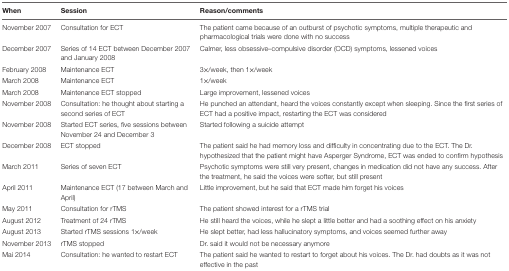
<table><thead><tr><td><b>When</b></td><td><b>Session</b></td><td><b>Reason/comments</b></td></tr></thead><tbody><tr><td>November 2007</td><td>Consultation for ECT</td><td>The patient came because of an outburst of psychotic symptoms, multiple therapeutic and pharmacological trials were done with no success</td></tr><tr><td>December 2007</td><td>Series of 14 ECT between December 2007 and January 2008</td><td>Calmer, less obsessive–compulsive disorder (OCD) symptoms, lessened voices</td></tr><tr><td>February 2008</td><td>Maintenance ECT</td><td>3×/week, then 1×/week</td></tr><tr><td>March 2008</td><td>Maintenance ECT</td><td>1×/week</td></tr><tr><td>March 2008</td><td>Maintenance ECT stopped</td><td>Large improvement, lessened voices</td></tr><tr><td>November 2008</td><td>Consultation: he thought about starting a second series of ECT</td><td>He punched an attendant, heard the voices constantly except when sleeping. Since the first series of ECT had a positive impact, restarting the ECT was considered</td></tr><tr><td>November 2008</td><td>Started ECT series, five sessions between November 24 and December 3</td><td>Started following a suicide attempt</td></tr><tr><td>December 2008</td><td>ECT stopped</td><td>The patient said he had memory loss and difficulty in concentrating due to the ECT. The Dr. hypothesized that the patient might have Asperger Syndrome, ECT was ended to confirm hypothesis</td></tr><tr><td>March 2011</td><td>Series of seven ECT</td><td>Psychotic symptoms were still very present, changes in medication did not have any success. After the treatment, he said the voices were softer, but still present</td></tr><tr><td>April 2011</td><td>Maintenance ECT (17 between March and April)</td><td>Little improvement, but he said that ECT made him forget his voices</td></tr><tr><td>May 2011</td><td>Consultation for rTMS</td><td>The patient showed interest for a rTMS trial</td></tr><tr><td>August 2012</td><td>Treatment of 24 rTMS</td><td>He still heard the voices, while he slept a little better and had a soothing effect on his anxiety</td></tr><tr><td>August 2013</td><td>Started rTMS sessions 1×/week</td><td>He slept better, had less hallucinatory symptoms, and voices seemed further away</td></tr><tr><td>November 2013</td><td>rTMS stopped</td><td>Dr. said it would not be necessary anymore</td></tr><tr><td>Mai 2014</td><td>Consultation: he wanted to restart ECT</td><td>The patient said he wanted to restart to forget about his voices. The Dr. had doubts as it was not effective in the past</td></tr></tbody></table>